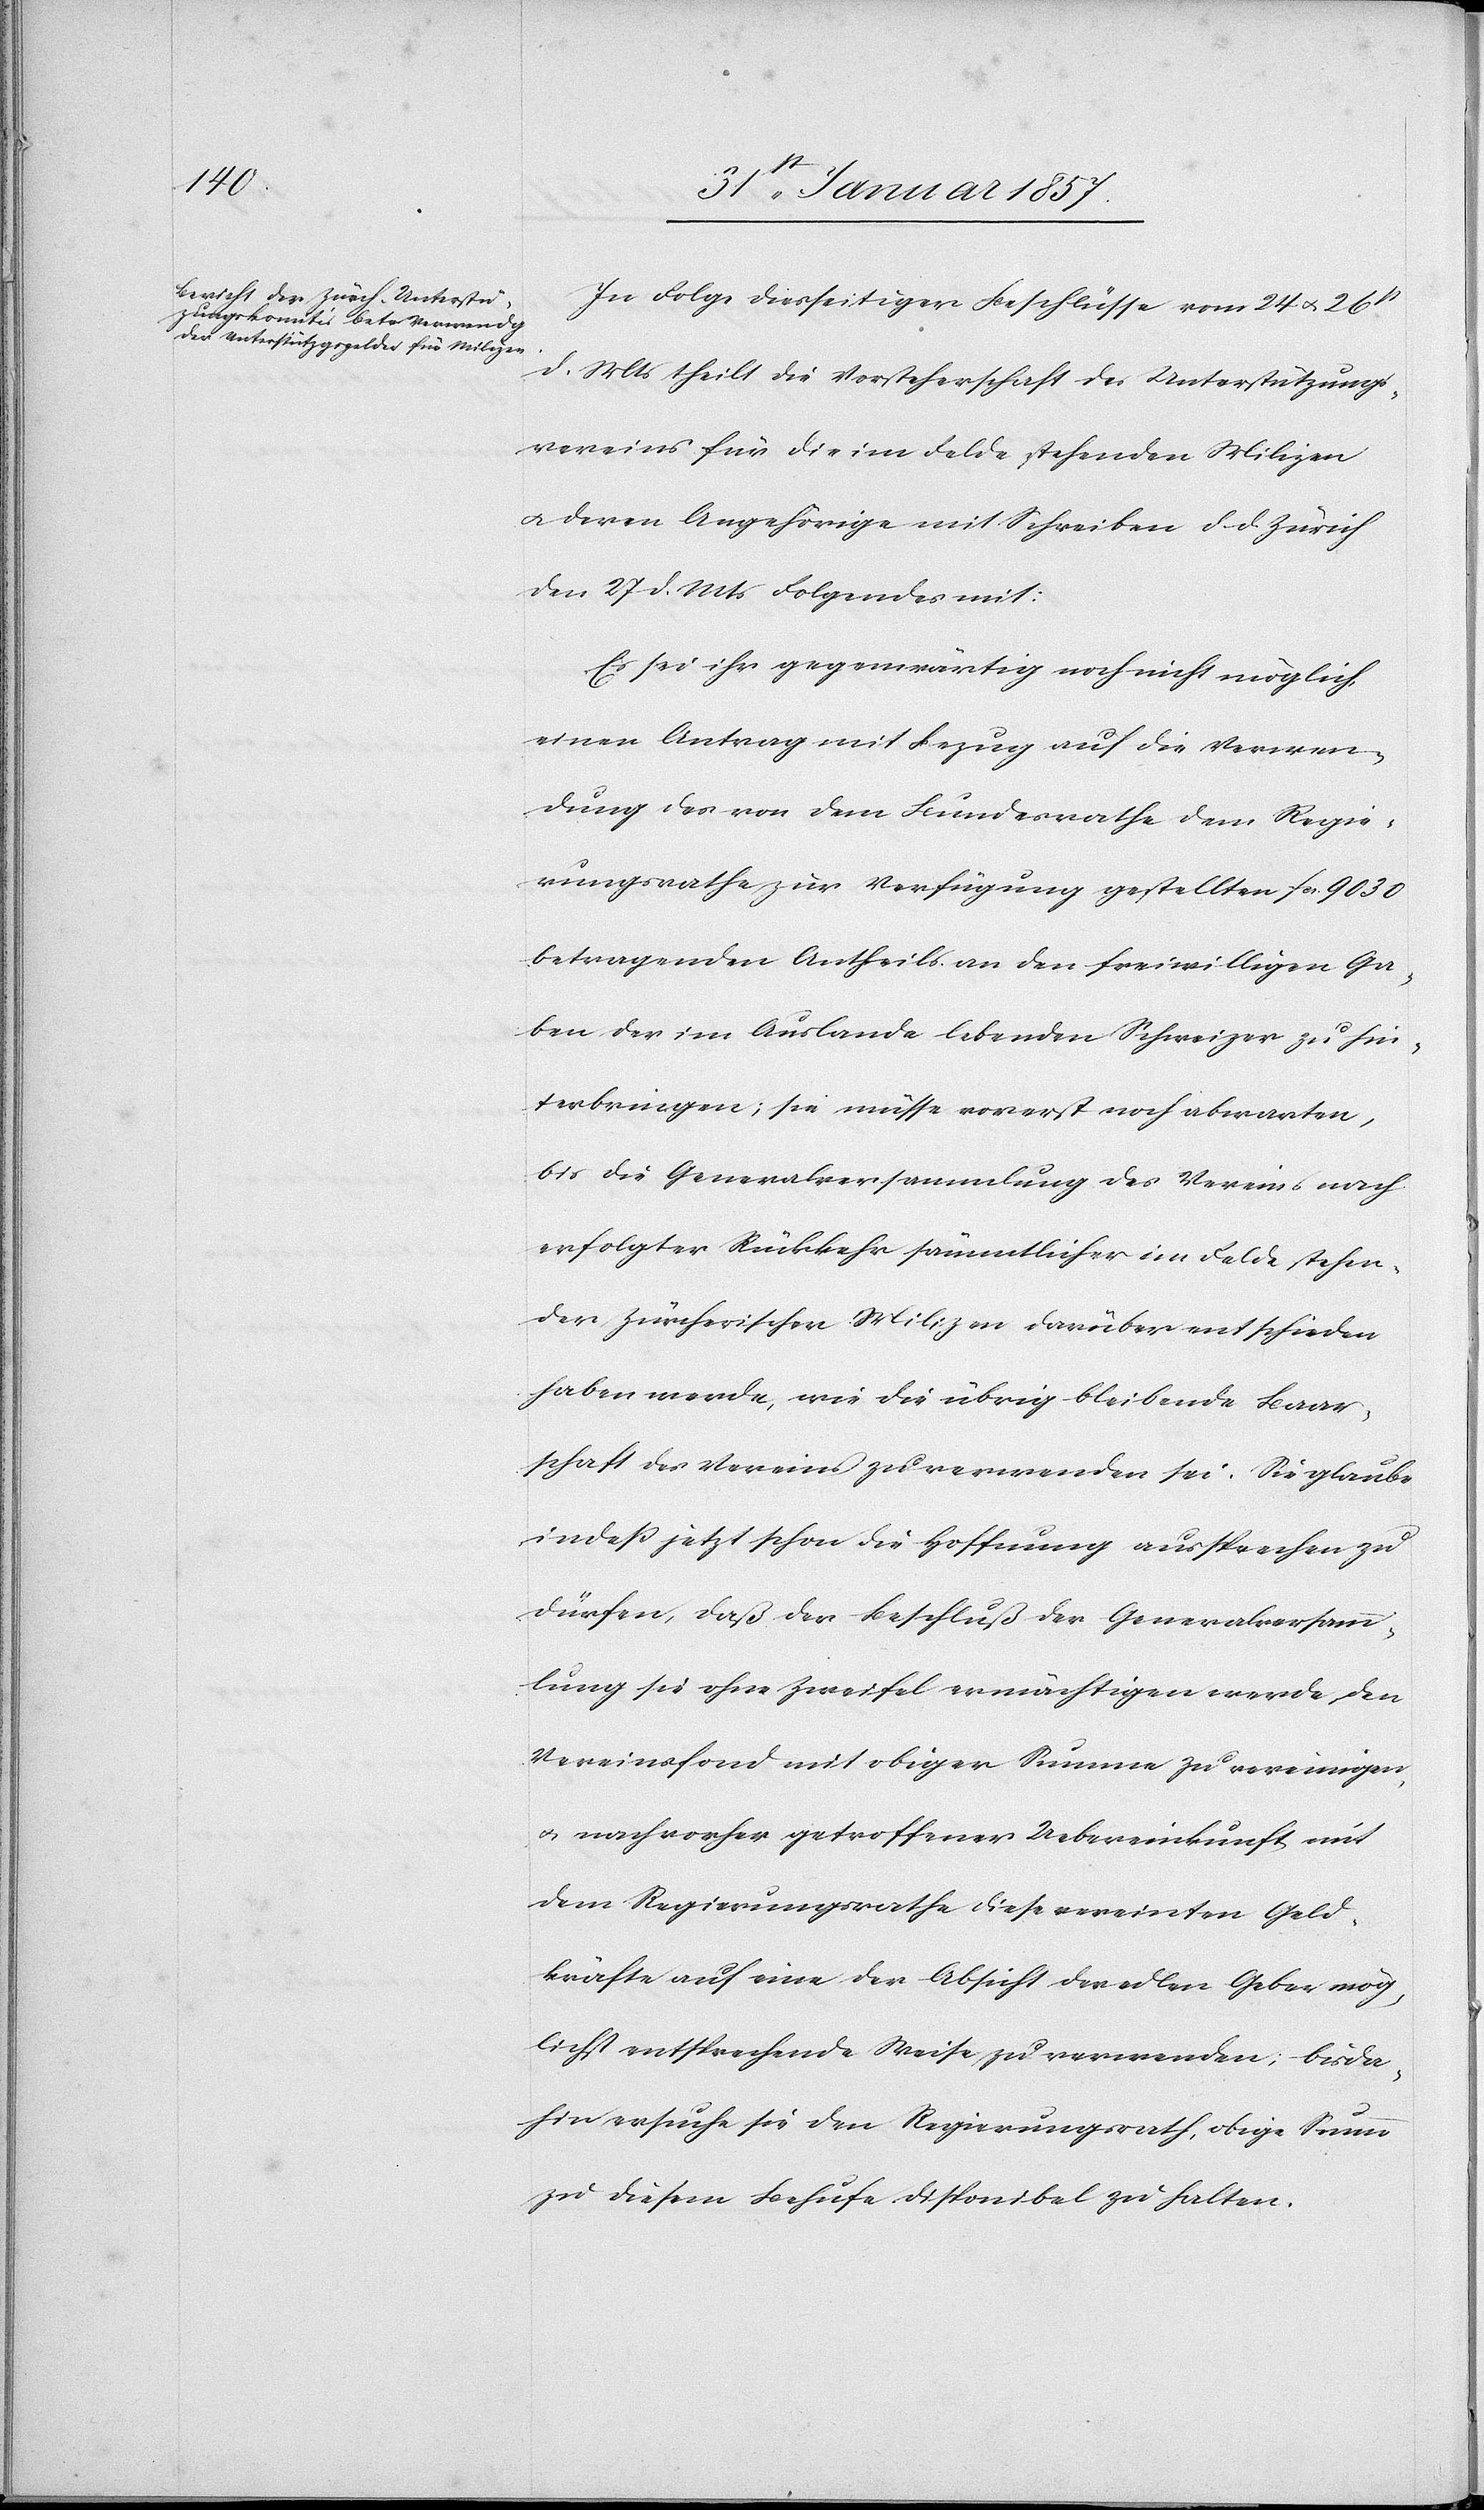
In Folge diesseitiger Beschlüsse vom 24 & 26st
d. Mts theilt die Vorsteherschaft des Unterstützungs¬
vereins für die im Felde stehenden Milizen
u. deren Angehörige mit Schreiben d. d. Zürich
den 27 d. Mts Folgendes mit:
Es sei ihr gegenwärtig noch nicht möglich
einen Antrag mit Bezug auf die Verwen¬
dung des von dem Bundesrathe dem Regie¬
rungsrathe zur Verfügung gestellten fcs. 9030
betragenden Antheils an den freiwilligen Ga¬
ben der im Auslande lebenden Schweizer zu hin¬
terbringen; sie müsse vorerst noch abwarten,
bis die Generalversammlung des Vereins nach
erfolgter Rückkehr sämmtlicher im Felde stehen¬
der Zürcherischen Milizen darüber entschieden
haben werde, wie die übrig bleibende Baar¬
schaft des Vereins zu verwenden sei. Sie glaube
indeß jetzt schon die Hoffnung aussprechen zu
dürfen, daß der Beschluß der Generalversamm¬
lung sie ohne Zweifel ermächtigen werde, den
Vereinsfond mit obiger Summe zu vereinigen
& nach vorher getroffener Uebereinkunft mit
dem Regierungsrathe diese vereinten Geld¬
kräfte auf eine der Absicht der edlen Geber mög¬
lichst entsprechende Weise zu verwenden; bisda¬
hin ersuche sie den Regierungsrath, obige Summe
zu diesem Behufe disponibel zu halten.